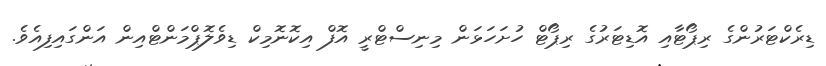
ޑިރެކްޓަރުންގެ ރިޕޯޓާއި އޮޑިޓަރުގެ ރިޕޯޓް ހުށަހަޅަން މިނިސްޓްރީ އޮފް އިކޮނޮމިކް ޑިވެލޮޕްމަންޓްއިން އަންގައިފިއެވެ.